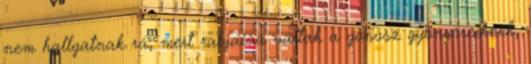
nem hallgatnak rá, mert rabjaivá váltak a gonosz gyönyöreiknek,